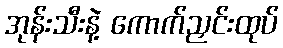
အုန်းသီးနဲ့ ကောက်ညှင်းထုပ်